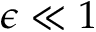
\epsilon \ll 1